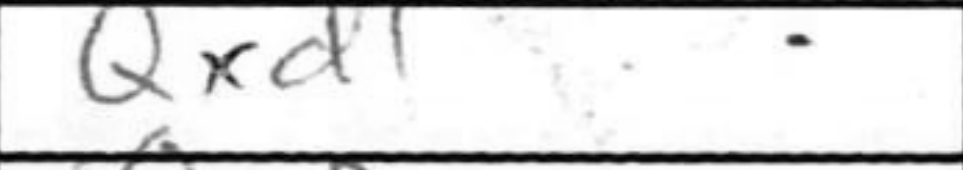
Transcription: Qxd1